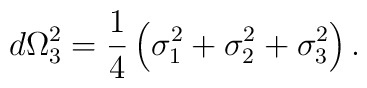
d\Omega_{3}^{2}=\frac{1}{4}\left(  \sigma_{1}^{2}+\sigma_{2}^{2}+\sigma_{3}^{2}\right)  .